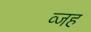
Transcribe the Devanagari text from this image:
व्जह